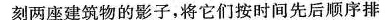
刻两座建筑物的影子，将它们按时间先后顺序排